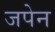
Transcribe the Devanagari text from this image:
जपेन